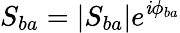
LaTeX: S_{ba}=|S_{ba}|e^{\mathit{i}\phi_{ba}}